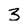
Character: 3